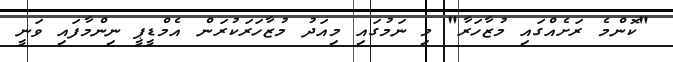
"ކޮންމެ ރަށެއްގައި މުޒާހަރާ" މި ނަމުގައި މިއަދު މުޒާހަރަކުރަން އެމްޑީޕީ ނިންމާފައި ވަނީ